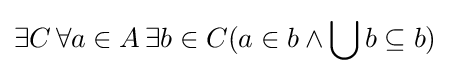
\exists C\,\forall a\in A\,\exists b\in C(a\in b\land \bigcup b\subseteq b)